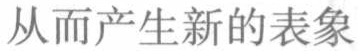
从而产生新的表象